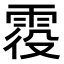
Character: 𩂹